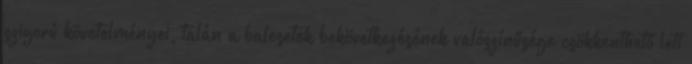
szigorú követelményei, talán a balesetek bekövetkezésének valószínűsége csökkenthető lett